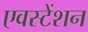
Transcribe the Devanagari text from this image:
एवस्टेंशन